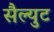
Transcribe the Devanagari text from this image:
सैल्युट